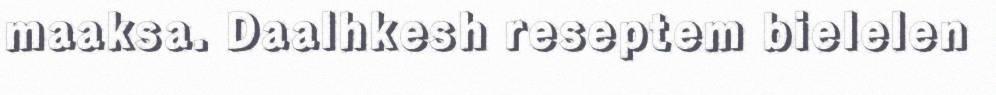
maaksa. Daalhkesh reseptem bielelen